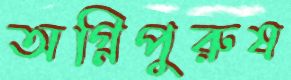
অগ্নিপুরুষ